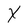
Character: X